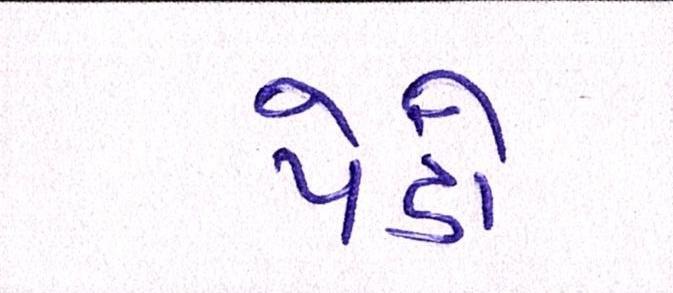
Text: પેંડો